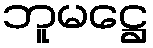
ဘူမဋ္ဌေ